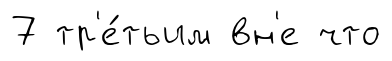
7 тр'е́тьим вн'е что